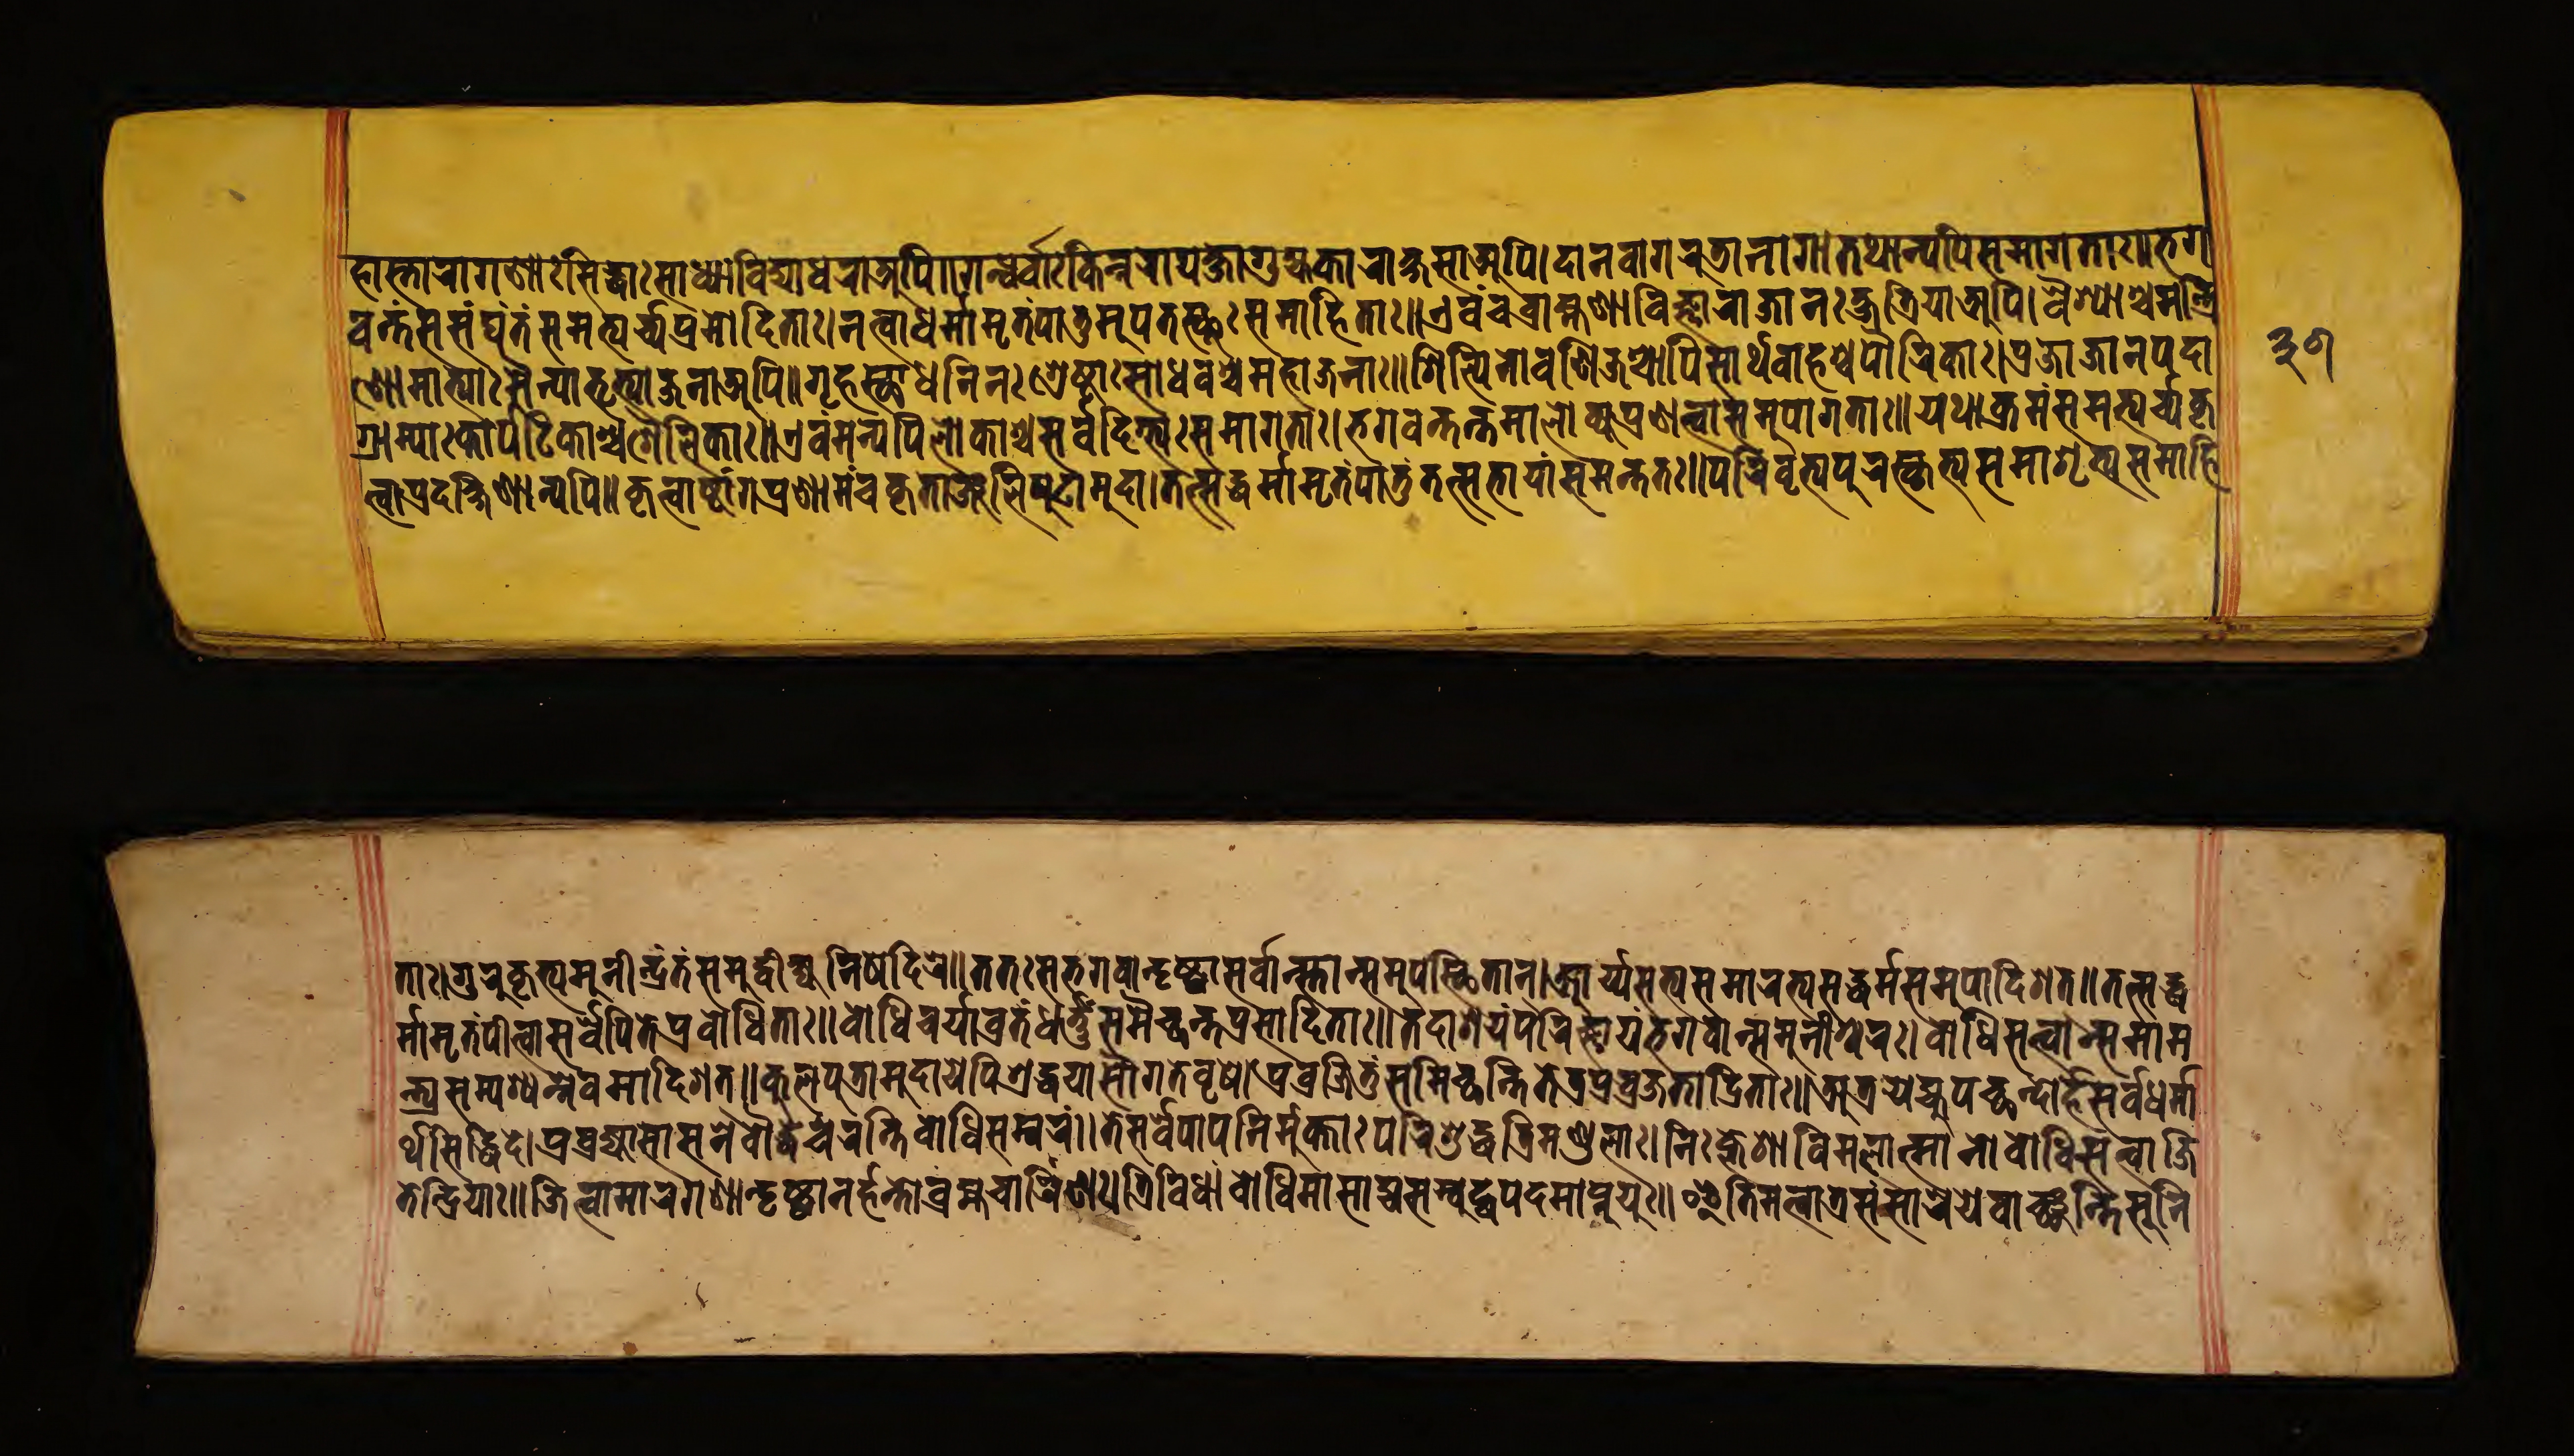
𑐴𑐵𑐳𑑂𑐟𑐵𑐬𑐵𑐐𑐞𑐵𑑅𑐳𑐶𑐡𑑂𑐢𑐵𑐳𑐵𑐢𑑂𑐫𑐵𑐰𑐶𑐡𑑂𑐫𑐵𑐢𑐬𑐵𑐀𑐥𑐶॥𑐐𑐣𑑂𑐢𑐬𑑂𑐰𑐵𑐎𑐶𑐣𑑂𑐣𑐬𑐵𑐫𑐎𑑂𑐲𑐵𑐐𑐸𑐴𑑂𑐫𑐎𑐵𑐬𑐵𑐎𑑂𑐲𑐳𑐵𑐀𑐥𑐶।𑐡𑐵𑐣𑐰𑐵𑐐𑐬𑐸𑐜𑐵𑐣𑐵𑐐𑐵𑐳𑑂𑐟𑐠𑐵𑐣𑑂𑐫𑐾𑐴𑐳𑐩𑐵𑐐𑐟𑐵𑑅।𑐨𑐐 𑐰𑐣𑑂𑐟𑑄𑐳𑐳𑑄𑐑𑐣𑑂𑐟𑑄𑐳𑐩𑐨𑑂𑐫𑐬𑑂𑐔𑑂𑐫𑐥𑑂𑐬𑐩𑑀𑐡𑐶𑐟𑐵𑑅।𑐣𑐟𑑂𑐰𑐵𑐢𑐬𑑂𑐩𑑂𑐩𑐵𑐩𑐺𑐟𑑄𑐥𑐵𑐟𑐸𑐩𑐸𑐥𑐟𑐳𑑂𑐠𑐸𑑅𑐳𑐩𑐵𑐴𑐶𑐟𑐵𑑅॥𑐊𑐰𑑄𑐔𑐧𑑂𑐬𑐵𑐴𑑂𑐩𑐞𑐵𑐰𑐶𑐖𑑂𑐘𑐵𑐬𑐵𑐖𑐵𑐣𑑅𑐎𑑂𑐲𑐟𑑂𑐬𑐶𑐫𑐵𑐀𑐥𑐶।𑐰𑐿𑐱𑑂𑐫𑐵𑐱𑑂𑐔𑐩𑐣𑑂𑐟𑑂𑐬𑐶 𑐞𑑀𑐩𑐵𑐟𑑂𑐫𑐵𑑅𑐳𑐿𑐣𑑂𑐫𑐵𑐨𑐺𑐟𑑂𑐫𑐵𑐖𑐣𑐵𑐣𑑂𑐫𑐥𑐶॥𑐐𑐺𑐴𑐳𑑂𑐠𑐾𑐢𑐣𑐶𑐣𑑅𑐱𑑂𑐬𑐾𑐲𑑂𑐛𑐵𑑅𑐳𑐵𑐢𑐰𑐱𑑂𑐔𑐩𑐴𑐵𑐖𑐣𑐵𑑅॥𑐱𑐶𑐮𑑂𑐥𑐶𑐣𑑀𑐰𑐣𑐶𑐖𑐱𑑂𑐔𑐵𑐥𑐶𑐳𑐵𑐬𑑂𑐠𑐰𑐵𑐴𑐱𑑂𑐔𑐥𑑁𑐬𑐶𑐎𑐵𑑅।𑐥𑑂𑐬𑐖𑐵𑐖𑐵𑐣𑐥𑐡𑐵 𑐱𑑂𑐬𑐵𑐩𑑂𑐫𑐵𑑅𑐎𑐵𑐬𑑂𑐥𑐚𑐶𑐎𑐵𑐱𑑂𑐔𑐱𑐿𑐮𑐶𑐎𑐵𑑅॥𑐊𑐰𑑄𑐩𑐣𑑂𑐫𑐾𑐥𑐶𑐮𑑀𑐎𑐵𑐱𑑂𑐔𑐳𑐬𑑂𑐰𑐡𑐶𑐐𑑂𑐨𑑂𑐫𑑅𑐳𑐩𑐵𑐐𑐟𑐵𑑅।𑐨𑐐𑐰𑐣𑑂𑐟𑐣𑑂𑐟𑐩𑐵𑐮𑑀𑐎𑑂𑐫𑐥𑑂𑐬𑐞𑐟𑑂𑐰𑐵𑐳𑐩𑐸𑐥𑐵𑐐𑐟𑐵𑑅॥𑐫𑐠𑐵𑐎𑑂𑐬𑐩𑑄𑐳𑐩𑐨𑑂𑐫𑐬𑑂𑐔𑑂𑐫𑐎𑐺 𑐟𑑂𑐰𑐵𑐥𑑂𑐬𑐡𑐎𑑂𑐲𑐶𑐞𑐵𑐣𑑂𑐫𑐥𑐶॥𑐎𑐺𑐟𑑂𑐰𑐵𑐲𑑂𑐚𑐵𑑄𑐐𑐥𑑂𑐬𑐞𑐵𑐩𑐘𑑂𑐔𑐎𑐺𑐟𑐵𑑄𑐖𑐮𑐶𑐥𑐸𑐚𑑀𑐩𑐸𑐡𑐵।𑐟𑐟𑑂𑐳𑐡𑑂𑐢𑐬𑑂𑐩𑑂𑐩𑐵𑐩𑐺𑐟𑑄𑐥𑐵𑐟𑐸𑑄𑐟𑐟𑑂𑐳𑐨𑐵𑐫𑐵𑑄𑐳𑐩𑐣𑑂𑐟𑐟𑑅॥𑐥𑐬𑐶𑐰𑐺𑐟𑑂𑐫𑐥𑐸𑐬𑐳𑑂𑐎𑐺𑐟𑑂𑐫𑐳𑐩𑐵𑐱𑑂𑐬𑐶𑐟𑑂𑐫𑐳𑐩𑐵𑐴𑐶 𑐟𑐵𑑅।𑐐𑐸𑐬𑐸𑐎𑐺𑐟𑑂𑐫𑐩𑐸𑐣𑐷𑐣𑑂𑐡𑑂𑐬𑐣𑑂𑐟𑑄𑐳𑐩𑐸𑐡𑑂𑐰𑐷𑐎𑑂𑐲𑑂𑐫𑐣𑐶𑐲𑐾𑐡𑐶𑐬𑐾॥𑐟𑐟𑑅𑐳𑐨𑐐𑐰𑐵𑐣𑑂𑐡𑐺𑐲𑑂𑐚𑑂𑐰𑐵𑐳𑐬𑑂𑐰𑐵𑐳𑑂𑐟𑐵𑐣𑑂𑐳𑐩𑐸𑐥𑐳𑑂𑐠𑐶𑐟𑐵𑐣𑑂।𑐁𑐬𑑂𑐫𑐳𑐟𑑂𑐫𑑄𑐳𑐩𑐵𑐮𑐎𑑂𑐲𑑂𑐫𑐳𑐡𑑂𑐢𑐬𑑂𑐩𑑂𑐩𑑄𑐳𑐩𑐸𑐥𑐵𑐡𑐶𑐱𑐟𑑂॥𑐟𑐟𑑂𑐳𑐡𑑂𑐢 𑐬𑑂𑐩𑑂𑐩𑐵𑐩𑐺𑐟𑑄𑐥𑐷𑐟𑑂𑐰𑐵𑐳𑐬𑑂𑐰𑐾𑐥𑐶𑐟𑐾𑐥𑑂𑐬𑐰𑑀𑐢𑐶𑐟𑐵𑑅॥𑐧𑑀𑐢𑐶𑐔𑐬𑑂𑐫𑐵𑐰𑑂𑐬𑐟𑑄𑐢𑐬𑑂𑐟𑐸𑑄𑐳𑐩𑐾𑐔𑑂𑐕𑐣𑑂𑐟𑐥𑑂𑐬𑐳𑐵𑐡𑐶𑐟𑐵𑑅॥𑐟𑐡𑐵𑐱𑐫𑑄𑐥𑐬𑐶𑐖𑑂𑐘𑐵𑐫𑐨𑐐𑐰𑐵𑐣𑑂𑐳𑐩𑐸𑐣𑐷𑐱𑑂𑐰𑐬𑑅।𑐧𑑀𑐢𑐶𑐳𑐟𑑂𑐟𑑂𑐰𑐵𑐟𑑂𑐩𑐩𑐵𑐩 𑐟𑑂𑐫𑑅𑐳𑐩𑑂𑐥𑐱𑑂𑐫𑐣𑑂𑐣𑐾𑐰𑐩𑐵𑐡𑐶𑐱𑐟𑑂॥𑐎𑐸𑐮𑐥𑐸𑐟𑑂𑐬𑐩𑐸𑐡𑐵𑐫𑐾𑐥𑐶𑐱𑑂𑐬𑐡𑑂𑐢𑐫𑐵𑐳𑑁𑐐𑐟𑐾𑐰𑐺𑐲𑐾।𑐥𑑂𑐬𑐰𑑂𑐬𑐖𑐶𑐟𑐸𑑄𑐳𑐩𑐷𑐔𑑂𑐕𑐣𑑂𑐟𑐶𑐟𑐟𑑂𑐬𑐥𑑂𑐬𑐰𑑂𑐬𑐖𑐶𑐟𑐵𑐡𑑂𑐬𑐶𑐟𑐵𑑅॥𑐀𑐟𑑂𑐬𑐫𑐾𑐴𑑂𑐫𑐸𑐥𑐕𑐣𑑂𑐡𑑀𑐴𑐳𑐬𑑂𑐰𑐢𑐬𑑂𑐩𑑂𑐩𑐵 𑐬𑑂𑐠𑐳𑐶𑐡𑑂𑐢𑐶𑐡𑐾।𑐥𑑂𑐬𑐰𑑂𑐬𑐖𑑂𑐫𑐵𑐱𑐵𑐳𑐣𑐾𑐧𑑁𑐡𑑂𑐢𑐾𑐔𑐬𑐣𑑂𑐟𑐶𑐧𑑀𑐢𑐶𑐳𑑄𑐰𑐬𑑄॥𑐟𑐾𑐳𑐬𑑂𑐰𑐾𑐥𑐵𑐟𑐎𑐵𑐩𑐸𑐎𑑂𑐟𑐵𑑅𑐥𑐬𑐶𑐱𑐸𑐡𑑂𑐢𑐟𑑂𑐬𑐶𑐩𑐞𑑂𑐜𑐮𑐵𑑅।𑐣𑐶𑑅𑐎𑑂𑐮𑐾𑐱𑐵𑐰𑐶𑐩𑐮𑐵𑐟𑑂𑐩𑐵𑐣𑑀𑐧𑑀𑐢𑐶𑐳𑐟𑑂𑐟𑑂𑐰𑐵𑐖𑐶 𑐟𑐾𑐣𑑂𑐡𑑂𑐬𑐶𑐫𑐵𑑅॥𑐖𑐶𑐟𑑂𑐰𑐵𑐩𑐵𑐬𑐐𑐞𑐵𑐣𑑂𑐡𑐸𑐲𑑂𑐚𑐵𑐣𑑂𑐴𑐣𑑂𑐟𑐵𑐧𑑂𑐬𑐴𑑂𑐩𑐔𑐵𑐬𑐶𑐞𑑅।𑐟𑑂𑐬𑐶𑐰𑐶𑐢𑐵𑐩𑑂𑐧𑑀𑐢𑐶𑐩𑐵𑐳𑐵𑐡𑑂𑐫𑐳𑐩𑑂𑐧𑐸𑐡𑑂𑐢𑐥𑐡𑐩𑐵𑐥𑑂𑐣𑐸𑐫𑐸𑑅॥𑐂𑐟𑐶𑐩𑐟𑑂𑐰𑐵𑐟𑑂𑐬𑐳𑑄𑐳𑐵𑐬𑐾𑐫𑐾𑐰𑐵𑑄𑐕𑐣𑑂𑐟𑐶𑐳𑐸𑐣𑐶 𑑓𑑖